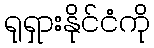
ရုရှားနိုင်ငံကို